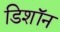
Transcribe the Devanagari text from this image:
डिशॉन